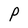
Character: P